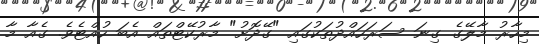
މިހާރު މާލޭގެ ގިނަ ސަރަހައްދުތަކުގައި "ގޭދޮށު" މާރުކޭޓްތައް އެބަ ހުއްޓެވެ. ގެއާ މާ